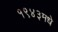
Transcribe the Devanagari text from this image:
१९४३मधे